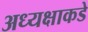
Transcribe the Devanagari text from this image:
अध्यक्षाकडे